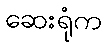
ဆေးရုံက